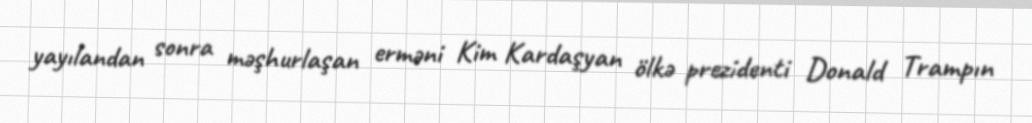
yayılandan sonra məşhurlaşan erməni Kim Kardaşyan ölkə prezidenti Donald Trampın